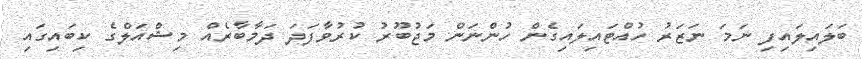
ބަލައިލައިފި ނަމަ ނަޒަރު ހުއްޓައިލައިގެން ހުންނަން މަޖުބޫރު ކުރުވާފަދަ ދަމާބާރެއް މިޝްއަލްގެ ކިބައިގައި